Plague in India, 1896, 1897 - Volume 1
Year: 1896
Disease focus: Plague
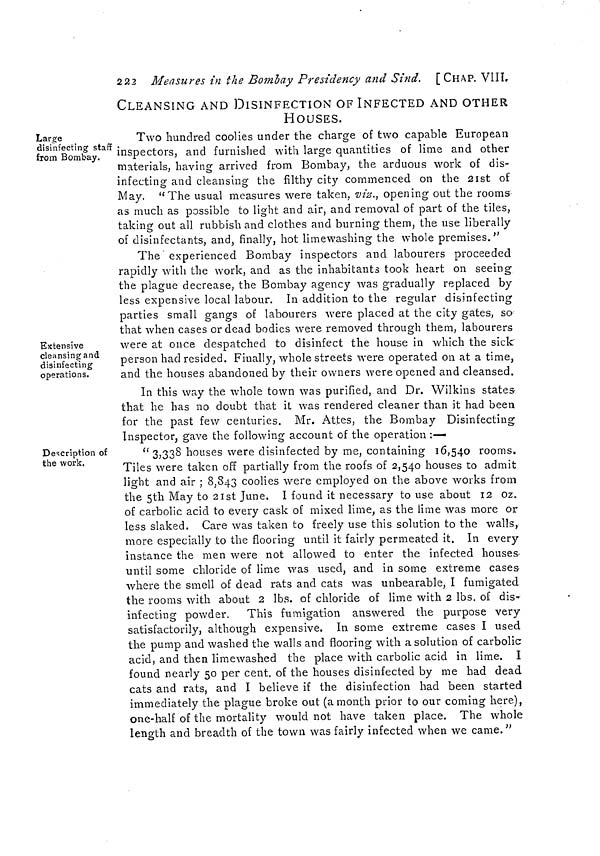
222
Measures in the Bombay Presidency and Sind. [CHAP. VIII.
CLEANSING AND DISINFECTION OF INFECTED AND OTHER
HOUSES.
Large
disinfecting staff
from Bombay,
Two hundred coolies under the charge of two capable European
inspectors, and furnished with large quantities of lime and other
materials, having arrived from Bombay, the arduous work of dis-
infecting and cleansing the filthy city commenced on the 21st of
May.
"The usual measures were taken, viz., opening out the rooms
as much as possible to light and air, and removal of part of the tiles,
taking out all rubbish and clothes and burning them, the use liberally
of disinfectants, and, finally, hot limewashing the whole premises."
Extensive
cleansing and
disinfecting
operations.
The experienced Bombay inspectors and labourers proceeded
rapidly with the work, and as the inhabitants took heart on seeing
the plague decrease, the Bombay agency was gradually replaced by
less expensive local labour. In addition to the regular disinfecting
parties small gangs of labourers were placed at the city gates, so
that when cases or dead bodies were removed through them, labourers
were at once despatched to disinfect the house in which the sick
person had resided. Finally, whole streets were operated on at a time,
and the houses abandoned by their owners were opened and cleansed.
In this way the whole town was purified, and Dr. Wilkins states-
that he has no doubt that it was rendered cleaner than it had been
for the past few centuries. Mr. Attes, the Bombay Disinfecting
Inspector, gave the following account of the operation :—
Description of
the work.
"3,338 houses were disinfected by me, containing 16,540 rooms.
Tiles were taken off partially from the roofs of 2,540 houses to admit
light and air ; 8,843 coolies were employed on the above works from
the 5th May to 21st June. I found it necessary to use about 12 oz,
of carbolic acid to every cask of mixed lime, as the lime was more or
less slaked. Care was taken to freely use this solution to the walls,
more especially to the flooring until it fairly permeated it. In every
instance the men were not allowed to enter the infected houses
until some chloride of lime was used, and in some extreme cases
where the smell of dead rats and cats was unbearable, I fumigated
the rooms with about 2 lbs. of chloride of lime with 2 lbs. of dis-
infecting powder. This fumigation answered the purpose very
satisfactorily, although expensive. In some extreme cases I used
the pump and washed the walls and flooring with a solution of carbolic
acid, and then limewashed the place with carbolic acid in lime. I
found nearly 50 per cent. of the houses disinfected by me had dead
cats and rats, and I believe if the disinfection had been started
immediately the plague broke out (a month prior to our coming here),
one-half of the mortality would not have taken place. The whole
length and breadth of the town was fairly infected when we came."